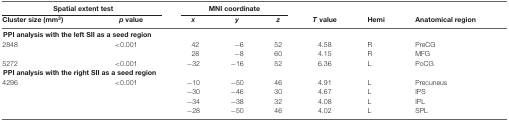
<table><thead><tr><td colspan="2"><b>Spatial extent test</b></td><td colspan="3"><b>MNI coordinate</b></td></tr><tr><td><b>Cluster size (mm<sup>3</sup>)</b></td><td><b><i>p</i> value</b></td><td><b><i>x</i></b></td><td><b><i>y</i></b></td><td><b><i>z</i></b></td><td><b><i>T</i> value</b></td><td><b>Hemi</b></td><td><b>Anatomical region</b></td></tr></thead><tbody><tr><td colspan="2"><b>PPI analysis with the left SII as a seed region</b></td></tr><tr><td>2848</td><td>&lt;0.001</td><td>42</td><td>−6</td><td>52</td><td>4.58</td><td>R</td><td>PreCG</td></tr><tr><td></td><td></td><td>28</td><td>−8</td><td>60</td><td>4.15</td><td>R</td><td>MFG</td></tr><tr><td>5272</td><td>&lt;0.001</td><td>−32</td><td>−16</td><td>52</td><td>6.36</td><td>L</td><td>PoCG</td></tr><tr><td colspan="2"><b>PPI analysis with the right SII as a seed region</b></td></tr><tr><td>4296</td><td>&lt;0.001</td><td>−10</td><td>−50</td><td>46</td><td>4.91</td><td>L</td><td>Precuneus</td></tr><tr><td></td><td></td><td>−30</td><td>−46</td><td>30</td><td>4.67</td><td>L</td><td>IPS</td></tr><tr><td></td><td></td><td>−34</td><td>−38</td><td>32</td><td>4.08</td><td>L</td><td>IPL</td></tr><tr><td></td><td></td><td>−28</td><td>−50</td><td>46</td><td>4.02</td><td>L</td><td>SPL</td></tr></tbody></table>